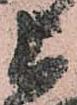
上